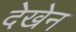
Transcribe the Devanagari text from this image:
देखेन